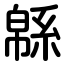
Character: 緜